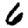
Digit: 6